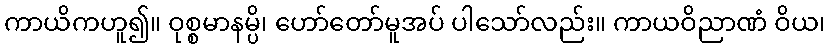
ကာယိကဟူ၍။ ဝုစ္စမာနမ္ပိ၊ ဟော်တော်မူအပ် ပါသော်လည်း။ ကာယဝိညာဏံ ဝိယ၊